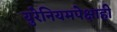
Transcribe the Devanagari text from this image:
युरेनियमपेक्षाही